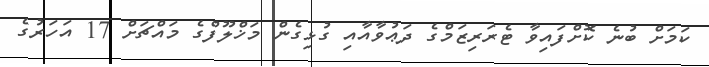
ކަމަށް ބުނެ ކޮށްފައިވާ ޓެރަރިޒަމްގެ ދަޢުވާއާއި ގުޅިގެން މަޚްލޫފްގެ މައްޗަށް 17 އަހަރުގެ